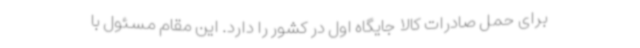
برای حمل صادرات کالا جایگاه اول در کشور را دارد. این مقام مسئول با